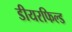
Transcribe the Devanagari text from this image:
डीयरफिल्ड